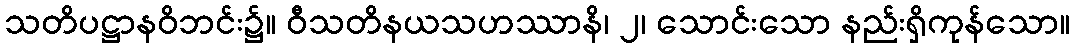
သတိပဋ္ဌာနဝိဘင်း၌။ ဝီသတိနယသဟဿာနိ၊ ၂၊ သောင်းသော နည်းရှိကုန်သော။